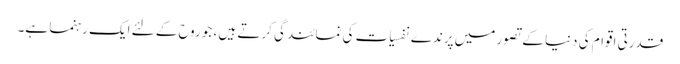
قدرتی اقوام کی دنیا کے تصور میں پرندے نفسیات کی نمائندگی کرتے ہیں ، جو روح کے لئے ایک رہنما ہے۔